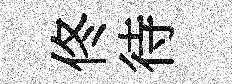
佟待